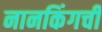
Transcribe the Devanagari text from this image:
नानकिंगची